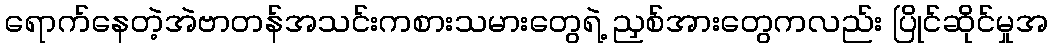
ရောက်နေတဲ့အဲဗာတန်အသင်းကစားသမားတွေရဲ့ ညှစ်အားတွေကလည်း ပြိုင်ဆိုင်မှုအ